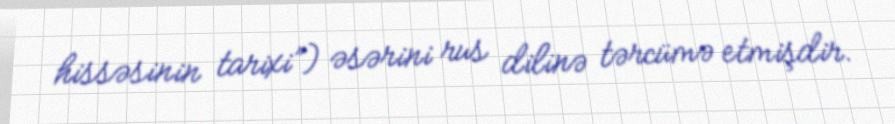
hissəsinin tarixi”) əsərini rus dilinə tərcümə etmişdir.